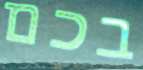
בכם